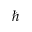
\hbar